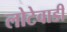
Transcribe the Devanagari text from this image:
लोटेवाडी